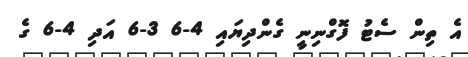
އެ ތިން ސެޓު ފޮގްނިނީ ގެންދިޔައި 4-6 3-6 އަދި 4-6 ގެ